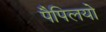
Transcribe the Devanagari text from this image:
पैपिलयो